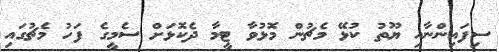
ސިފައިންނާއި ޔޫތު ކުޅޭ މެޗުން މޮޅުވާ ޓީމާ ދެކޮޅަށް ސެމީގެ ފަހު މެޗުގައި